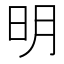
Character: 明